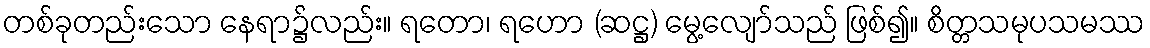
တစ်ခုတည်းသော နေရာ၌လည်း။ ရတော၊ ရဟော (ဆဋ္ဌ) မွေ့လျော်သည် ဖြစ်၍။ စိတ္တသမုပသမဿ